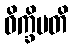
ဝိက္ခိပတိ